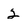
Character: 2